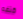
كتفه